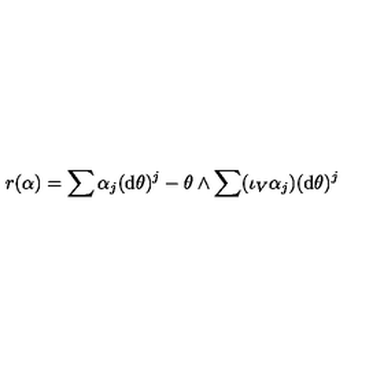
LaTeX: r ( \alpha ) = \sum \alpha _ { j } ( \mathrm { d } \theta ) ^ { j } - \theta \wedge \sum ( \iota _ { V } \alpha _ { j } ) ( \mathrm { d } \theta ) ^ { j }